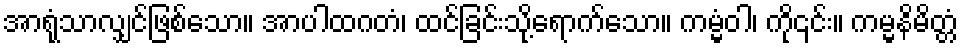
အာရုံသာလျှင်ဖြစ်သော။ အာပါထဂတံ၊ ထင်ခြင်းသို့ရောက်သော။ ကမ္မံဝါ၊ ကို၎င်း။ ကမ္မနိမိတ္တံ